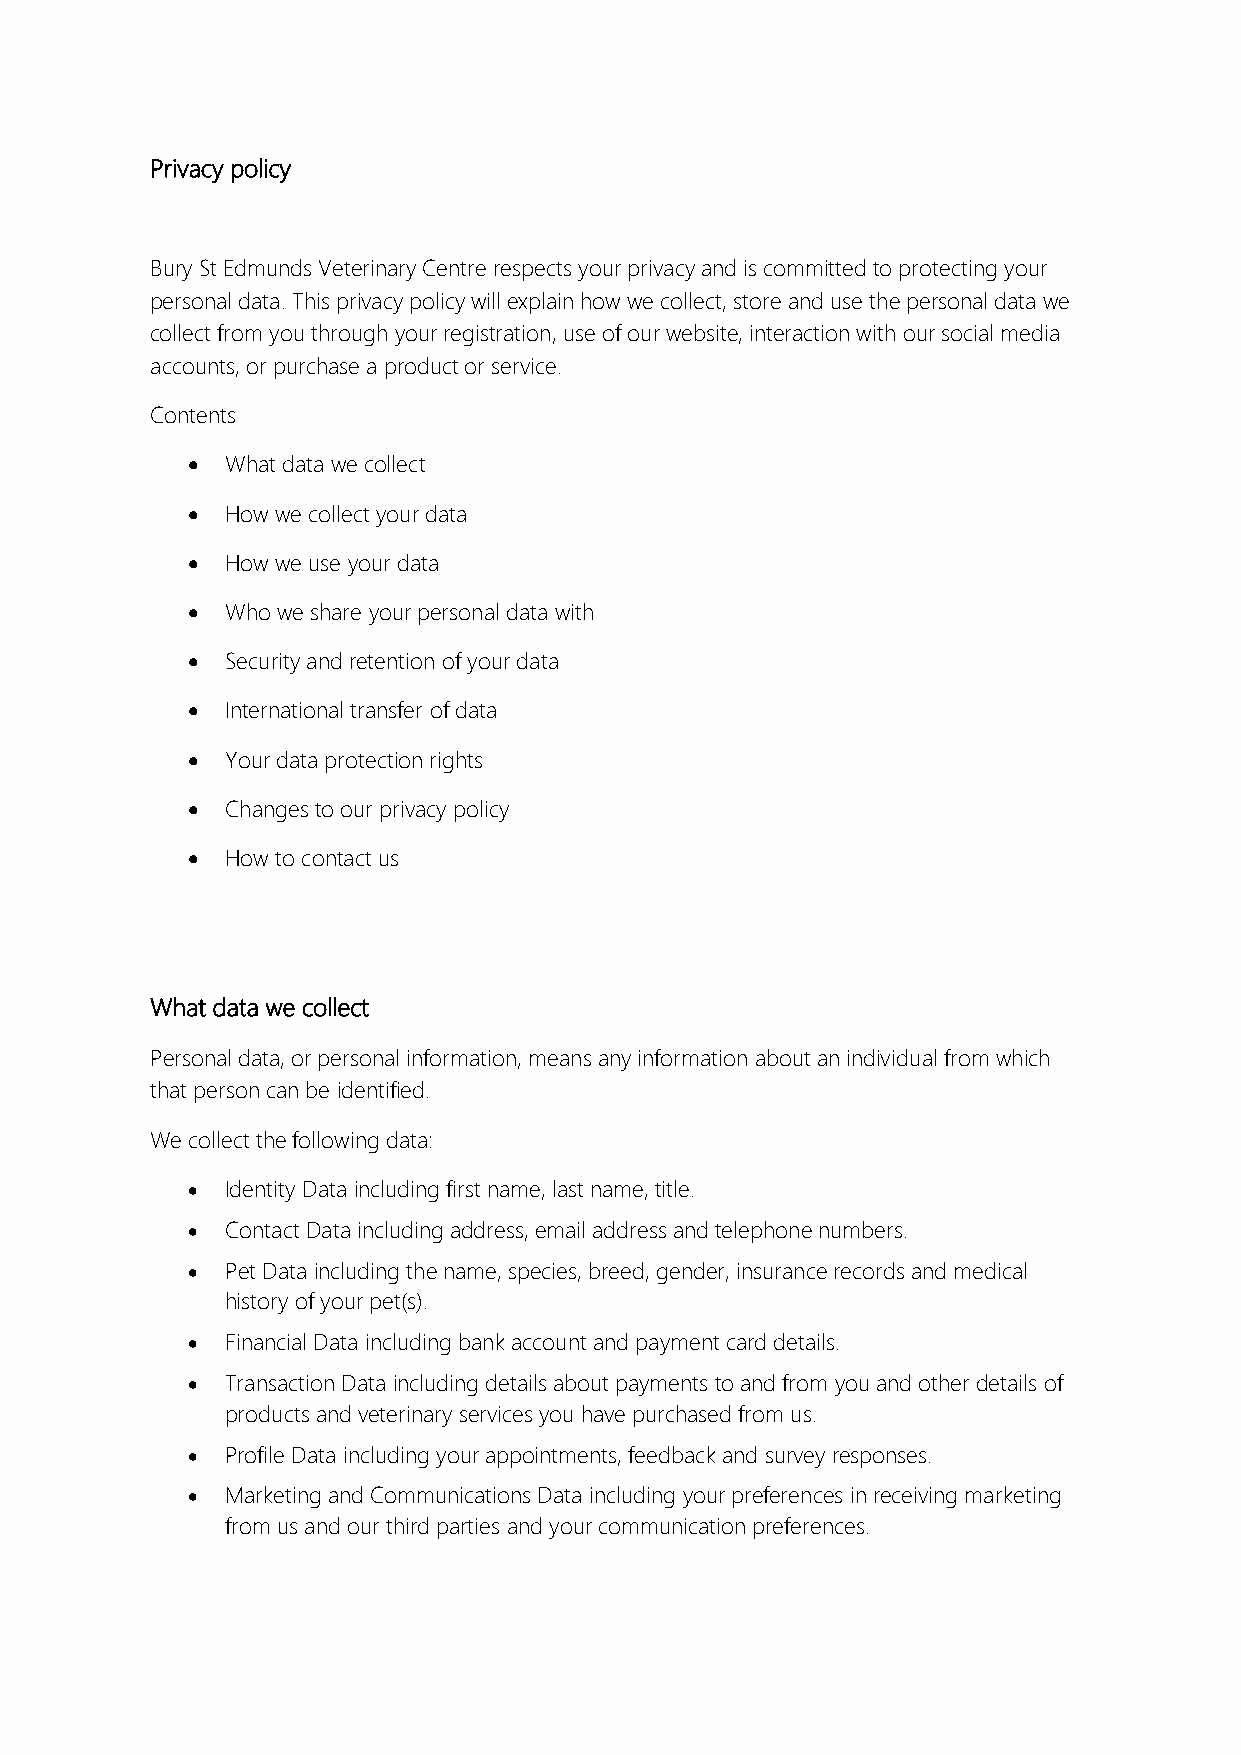
Privacy policy
 Bury St Edmunds Veterinary Centre respects your privacy and is committed to protecting your
 personal data. This privacy policy will explain how we collect, store and use the personal data we
 collect from you through your registration, use of our website, interaction with our social media
 accounts, or purchase a product or service.
 Contents
 •  What data we collect
 •  How we collect your data
 •  How we use your data
 •  Who we share your personal data with
 •  Security and retention of your data
 •  International transfer of data
 •  Your data protection rights
 •  Changes to our privacy policy
 •  How to contact us
 What data we collect
 Personal data, or personal information, means any information about an individual from which
 that person can be identified.
 We collect the following data:
 •  Identity Data including first name, last name, title.
 •  Contact Data including address, email address and telephone numbers.
 •  Pet Data including the name, species, breed, gender, insurance records and medical
 history of your pet(s).
 •  Financial Data including bank account and payment card details.
 •  Transaction Data including details about payments to and from you and other details of
 products and veterinary services you have purchased from us.
 •  Profile Data including your appointments, feedback and survey responses.
 •  Marketing and Communications Data including your preferences in receiving marketing
 from us and our third parties and your communication preferences.